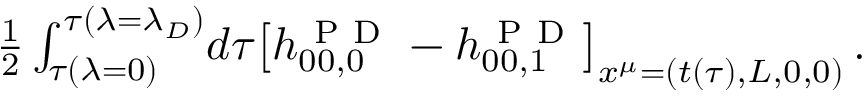
\begin{array} { r } { \frac { 1 } { 2 } \int _ { \tau ( \lambda = 0 ) } ^ { \tau ( \lambda = \lambda _ { D } ) } \! d \tau \big [ h _ { 0 0 , 0 } ^ { \mathrm { ~ P ~ D ~ } } - h _ { 0 0 , 1 } ^ { \mathrm { ~ P ~ D ~ } } \big ] _ { x ^ { \mu } = ( t ( \tau ) , L , 0 , 0 ) } \, . } \end{array}